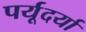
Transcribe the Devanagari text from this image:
पर्यूदर्या